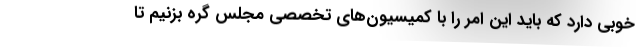
خوبی دارد که باید این امر را با کمیسیون‌های تخصصی مجلس گره بزنیم تا